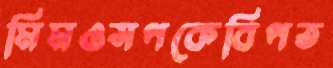
মিমওসপকেবিপত